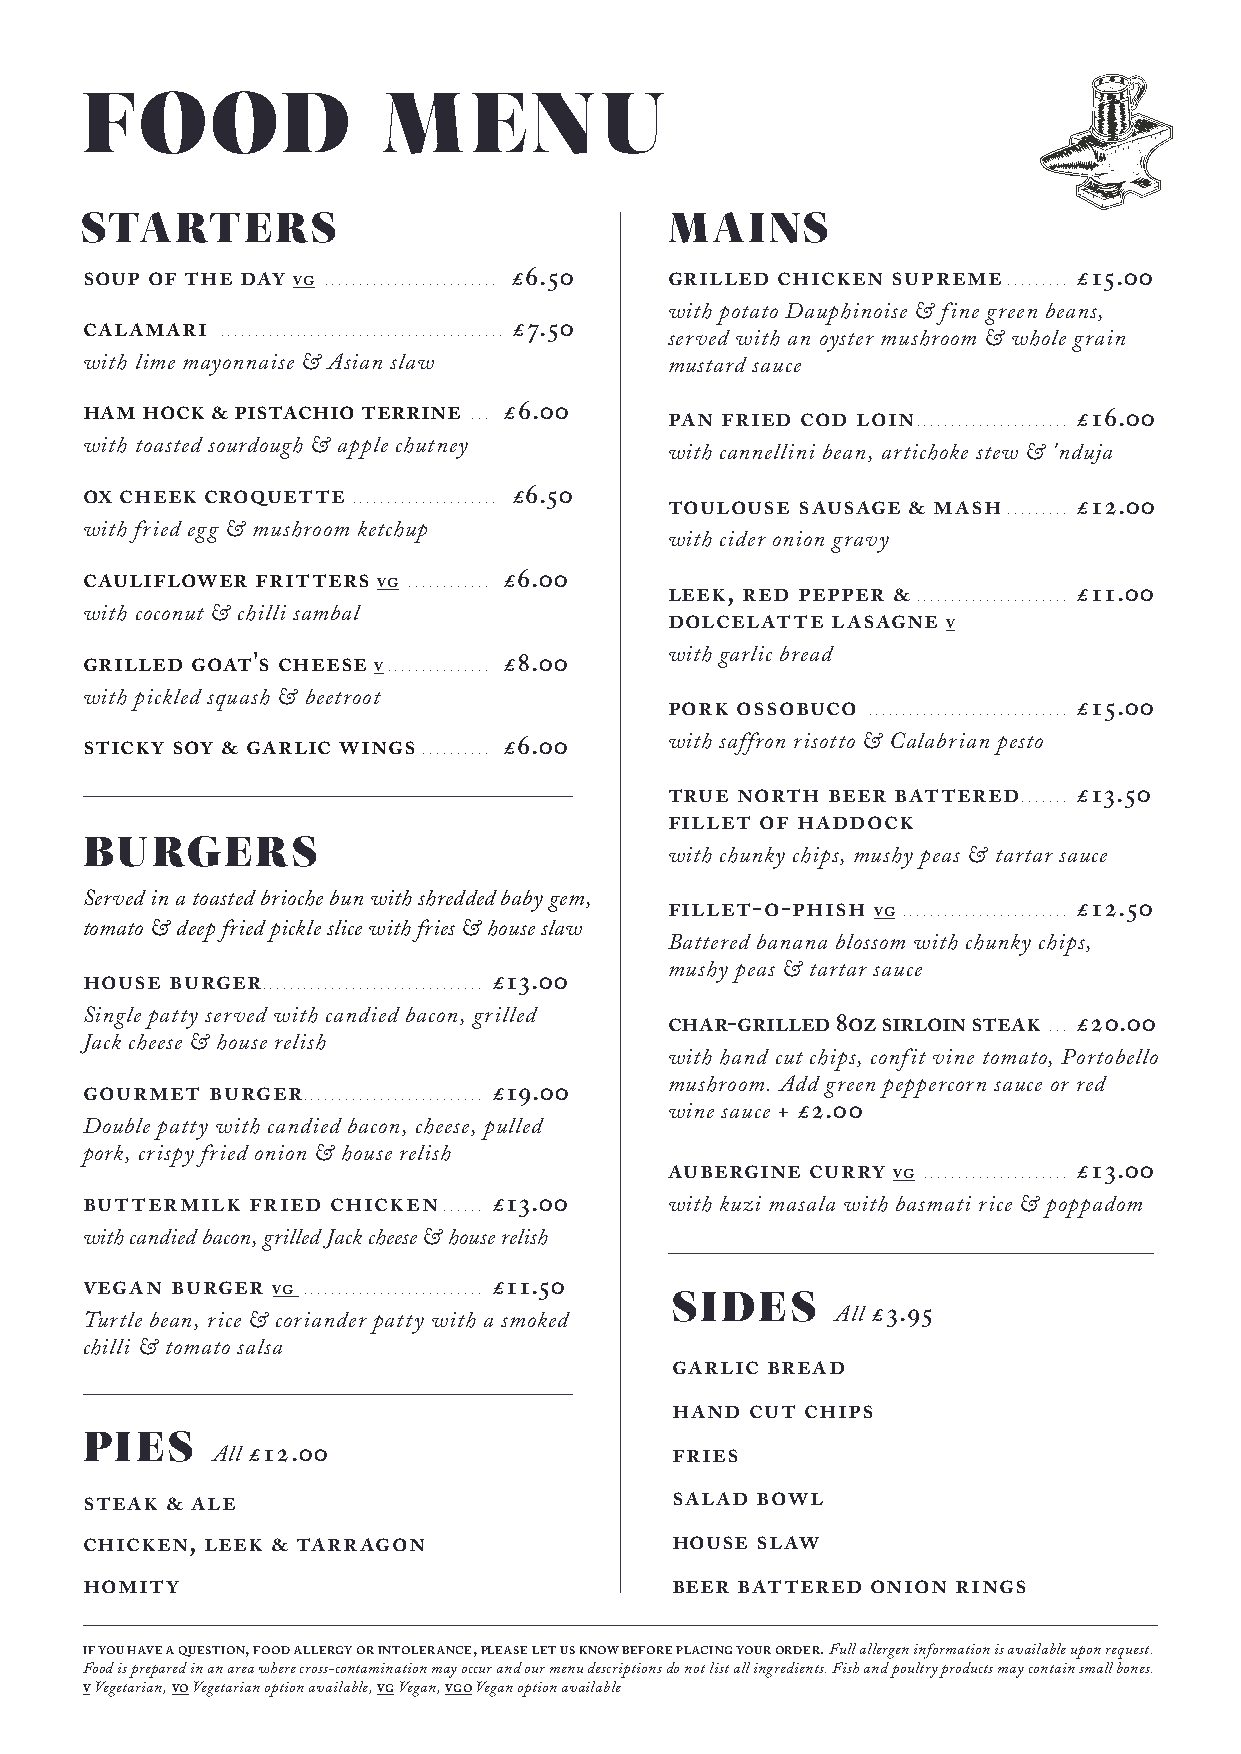
FOOD                MENU
 STARTERS                               MAINS
 soup of the day vg ......................... £6.50 grilled chicken supreme ......... £15.00
 with potato Dauphinoise & fine green beans,
 calamari ......................................... £7.50 served with an oyster mushroom & whole grain
 with lime mayonnaise & Asian slaw      mustard sauce
 ham hock & pistachio terrine . .. £6.00 pan fried cod loin. ..................... £16.00
 with toasted sourdough & apple chutney
 with cannellini bean, artichoke stew & 'nduja
 ox cheek croquette . .................... £6.50 toulouse sausage & mash ......... £12.00
 with fried egg & mushroom ketchup
 with cider onion gravy
 cauliflower fritters vg ............ £6.00
 leek, red pepper & ...................... £11.00
 with coconut & chilli sambal
 dolcelatte lasagne v
 with garlic bread
 grilled goat's cheese v. .............. £8.00
 with pickled squash & beetroot
 pork ossobuco ............................. £15.00
 sticky soy & garlic wings .......... £6.00 with saffron risotto & Calabrian pesto
 true north beer battered ....... £13.50
 fillet of haddock
 BURGERS
 with chunky chips, mushy peas & tartar sauce
 Served in a toasted brioche bun with shredded baby gem,
 fillet-o-phish vg ........................ £12.50
 tomato & deep fried pickle slice with fries & house slaw
 Battered banana blossom with chunky chips,
 mushy peas & tartar sauce
 house burger................................ £13.00
 Single patty served with candied bacon, grilled
 char-grilled 8oz sirloin steak . .. £20.00
 Jack cheese & house relish
 with hand cut chips, confit vine tomato, Portobello
 mushroom. Add green peppercorn sauce or red
 gourmet  burger. ......................... £19.00
 wine sauce + £2.00
 Double patty with candied bacon, cheese, pulled
 pork, crispy fried onion & house relish
 aubergine curry vg ..................... £13.00
 buttermilk fried chicken ...... £13.00 with kuzi masala with basmati rice & poppadom
 with candied bacon, grilled Jack cheese & house relish
 vegan burger vg .......................... £11.50 SIDES
 Turtle bean, rice & coriander patty with a smoked All £3.95
 chilli & tomato salsa
 garlic bread
 hand  cut chips
 PIES
 All £12.00                    fries
 steak & ale                            salad bowl
 chicken, leek & tarragon               house slaw
 homity                                 beer battered onion rings
 if you have a question, food allergy or intolerance, please let us know before placing your order. Full allergen information is available upon request.
 Food is prepared in an area where cross-contamination may occur and our menu descriptions do not list all ingredients. Fish and poultry products may contain small bones.
 v Vegetarian, vo Vegetarian option available, vg Vegan, vgo Vegan option available